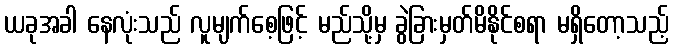
ယခုအခါ နေလုံးသည် လူမျက်စေ့ဖြင့် မည်သို့မှ ခွဲခြားမှတ်မိနိုင်စရာ မရှိတော့သည့်